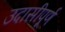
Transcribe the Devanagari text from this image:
उदासीपूर्ण